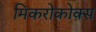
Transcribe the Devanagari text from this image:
मिकरोकोक्स